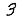
Digit: 3